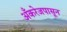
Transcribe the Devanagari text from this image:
अँकरेजपासून